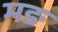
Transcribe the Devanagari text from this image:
मङ